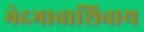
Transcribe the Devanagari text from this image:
भेदभावाशिवाय